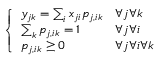
\left\{ \begin{array} { l l } { y _ { j k } = \sum _ { i } x _ { j i } p _ { j , i k } } & { \forall j \forall k } \\ { \sum _ { k } p _ { j , i k } = 1 } & { \forall j \forall i } \\ { p _ { j , i k } \geq 0 } & { \forall j \forall i \forall k } \end{array} \right.